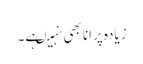
زیادہ پرانا بھی نہیںہے۔